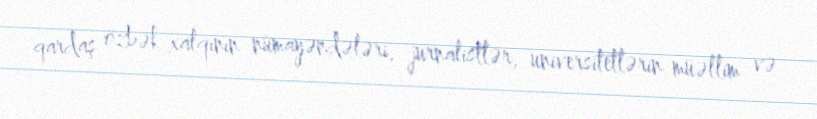
qardaş özbək xalqının nümayəndələri, jurnalistlər, universitetlərin müəllim və